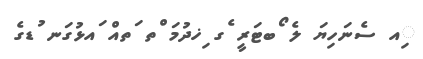
ިއ ސެނަހިޔަ ލެ ޯބޓަރީ ެގ ިޚދުމަ ްތ ަތއް ައޅުގަނ ުޑގެ